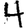
Digit: 4